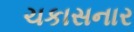
ચકાસનાર